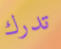
تدرك